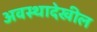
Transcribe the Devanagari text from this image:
अवस्थादेखील